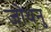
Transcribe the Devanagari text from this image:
जोधनु